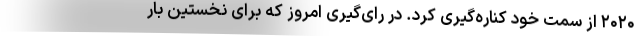
۲۰۲۰ از سمت خود کناره‌گیری کرد. در رای‌گیری امروز که برای نخستین بار